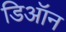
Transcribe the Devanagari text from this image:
डिऑन